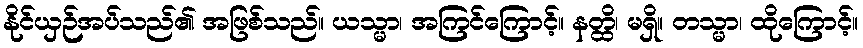
နိုင်ယှဉ်အပ်သည်၏ အဖြစ်သည်။ ယသ္မာ၊ အကြင်ကြောင့်။ နတ္ထိ၊ မရှိ။ တသ္မာ၊ ထိုကြောင့်။